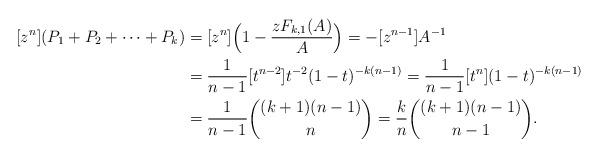
LaTeX: \begin{align*}[z^n] (P_1+P_2 + \cdots + P_k) &= [z^n] \Big( 1 - \frac{z F_{k,1}(A)}{A} \Big) = - [z^{n-1}] A^{-1} \\&= \frac{1}{n-1} [t^{n-2}] t^{-2} (1-t)^{-k(n-1)} = \frac{1}{n-1} [t^{n}] (1-t)^{-k(n-1)} \\&= \frac{1}{n-1} \binom{(k+1)(n-1)}{n} = \frac{k}{n} \binom{(k+1)(n-1)}{n-1}.\end{align*}